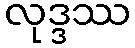
လုဒ္ဒဿ